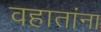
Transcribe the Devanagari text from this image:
वहातांना